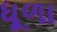
ધૂળા